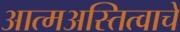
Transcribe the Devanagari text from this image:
आत्मअस्तित्वाचे